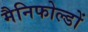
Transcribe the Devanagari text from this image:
मैनिफोल्डों